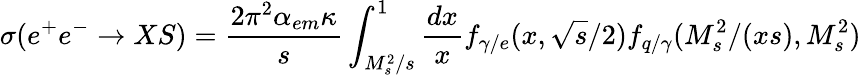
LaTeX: \sigma(e^{+}e^{-}\rightarrow XS)=\frac{2\pi^{2}\alpha_{em}\kappa}{s}\int_{M_{s}^{2}/s}^{1}\frac{dx}{x}f_{\gamma/e}(x,\sqrt{s}/2)f_{q/\gamma}(M_{s}^{2}/(xs),M_{s}^{2})